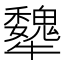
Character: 犩